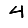
Digit: 4